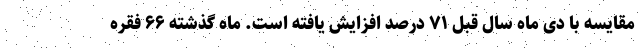
مقایسه با دی ماه سال قبل ۷۱ درصد افزایش یافته است. ماه گذشته ۶۶ فقره